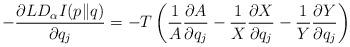
LaTeX: \begin{align*}-\frac{\partial LD_{\alpha}I(p\|q)}{\partial q_{j}}=-T\left(\frac{1}{A}\frac{\partial A}{\partial q_{j}}-\frac{1}{X}\frac{\partial X}{\partial q_{j}}-\frac{1}{Y}\frac{\partial Y}{\partial q_{j}}\right)\end{align*}